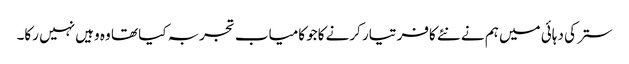
ستر کی دہائی میں ہم نے نئے کافر تیار کرنے کاجو کامیاب تجربہ کیا تھا وہ وہیں نہیں رکا۔